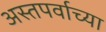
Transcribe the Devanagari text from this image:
अस्तपर्वाच्या